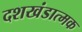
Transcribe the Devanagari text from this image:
दशखंडात्मक